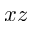
x z